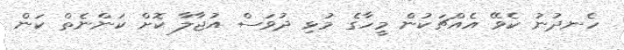
ހެނދުނު ކެވޭ އެއްޗަކުން މީހާގެ މުޅި ދުވަސް އުޖާލާ ކޮށް ކަންނެތް ކަން